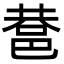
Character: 䢽